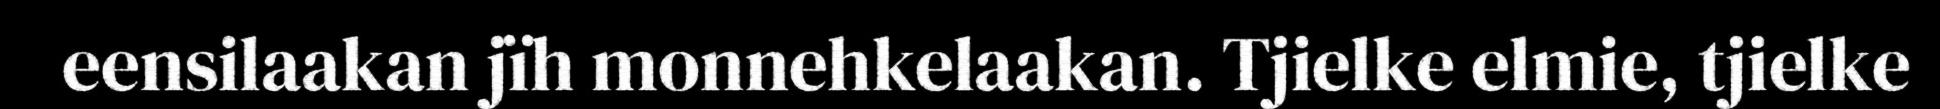
eensilaakan jïh monnehkelaakan. Tjielke elmie, tjielke